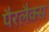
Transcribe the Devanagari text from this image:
पैरलैक्स